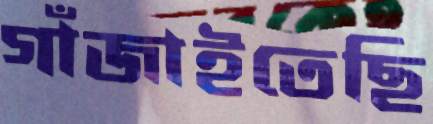
গাঁজাইতেছি